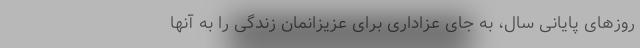
روزهای پایانی سال، به جای عزاداری برای عزیزانمان زندگی را به آنها